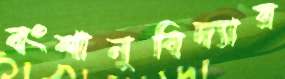
বংশানুবিদ্যার